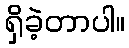
ရှိခဲ့တာပါ။